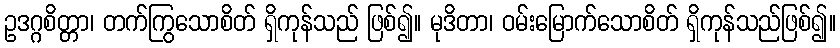
ဥဒဂ္ဂစိတ္တာ၊ တက်ကြွသောစိတ် ရှိကုန်သည် ဖြစ်၍။ မုဒိတာ၊ ဝမ်းမြောက်သောစိတ် ရှိကုန်သည်ဖြစ်၍။